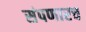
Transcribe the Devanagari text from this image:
संपणारच